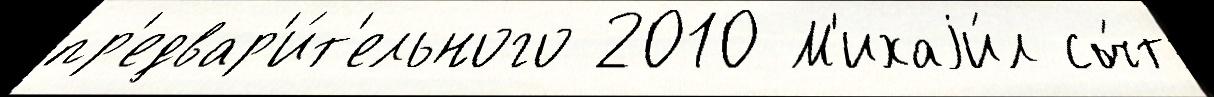
пр'едвар'и́т'ельного 2010 М'ихаjи́л сч́т